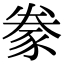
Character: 豢